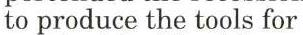
to produce the tools for